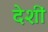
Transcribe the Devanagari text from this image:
देशीं